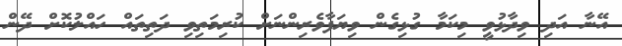
އޭނާ އަދި ވިދާޅުވީ މިކަމާ ގުޅިގެން ވިޔަފާވެރިންނަށް ކުރިމަތިވި ދަތިތައް ހައްލުކޮށް ދޭން